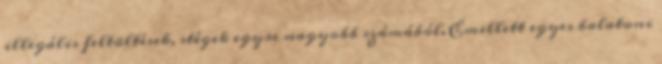
illegális feltöltések, stégek egyre nagyobb számából. Emellett egyes balatoni